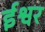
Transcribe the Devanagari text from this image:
र्इश्वर